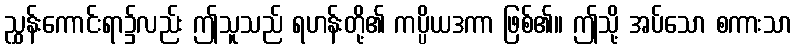
ညွှန်းကောင်းရာ၌လည်း ဤသူသည် ရဟန်းတို့၏ ကပ္ပိယဒကာ ဖြစ်၏။ ဤသို့ အပ်သော စကားသာ